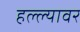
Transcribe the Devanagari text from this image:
हल्ल्यावर